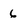
Character: 6